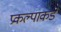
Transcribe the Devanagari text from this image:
प्रकल्पाकडे